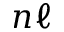
n \ell